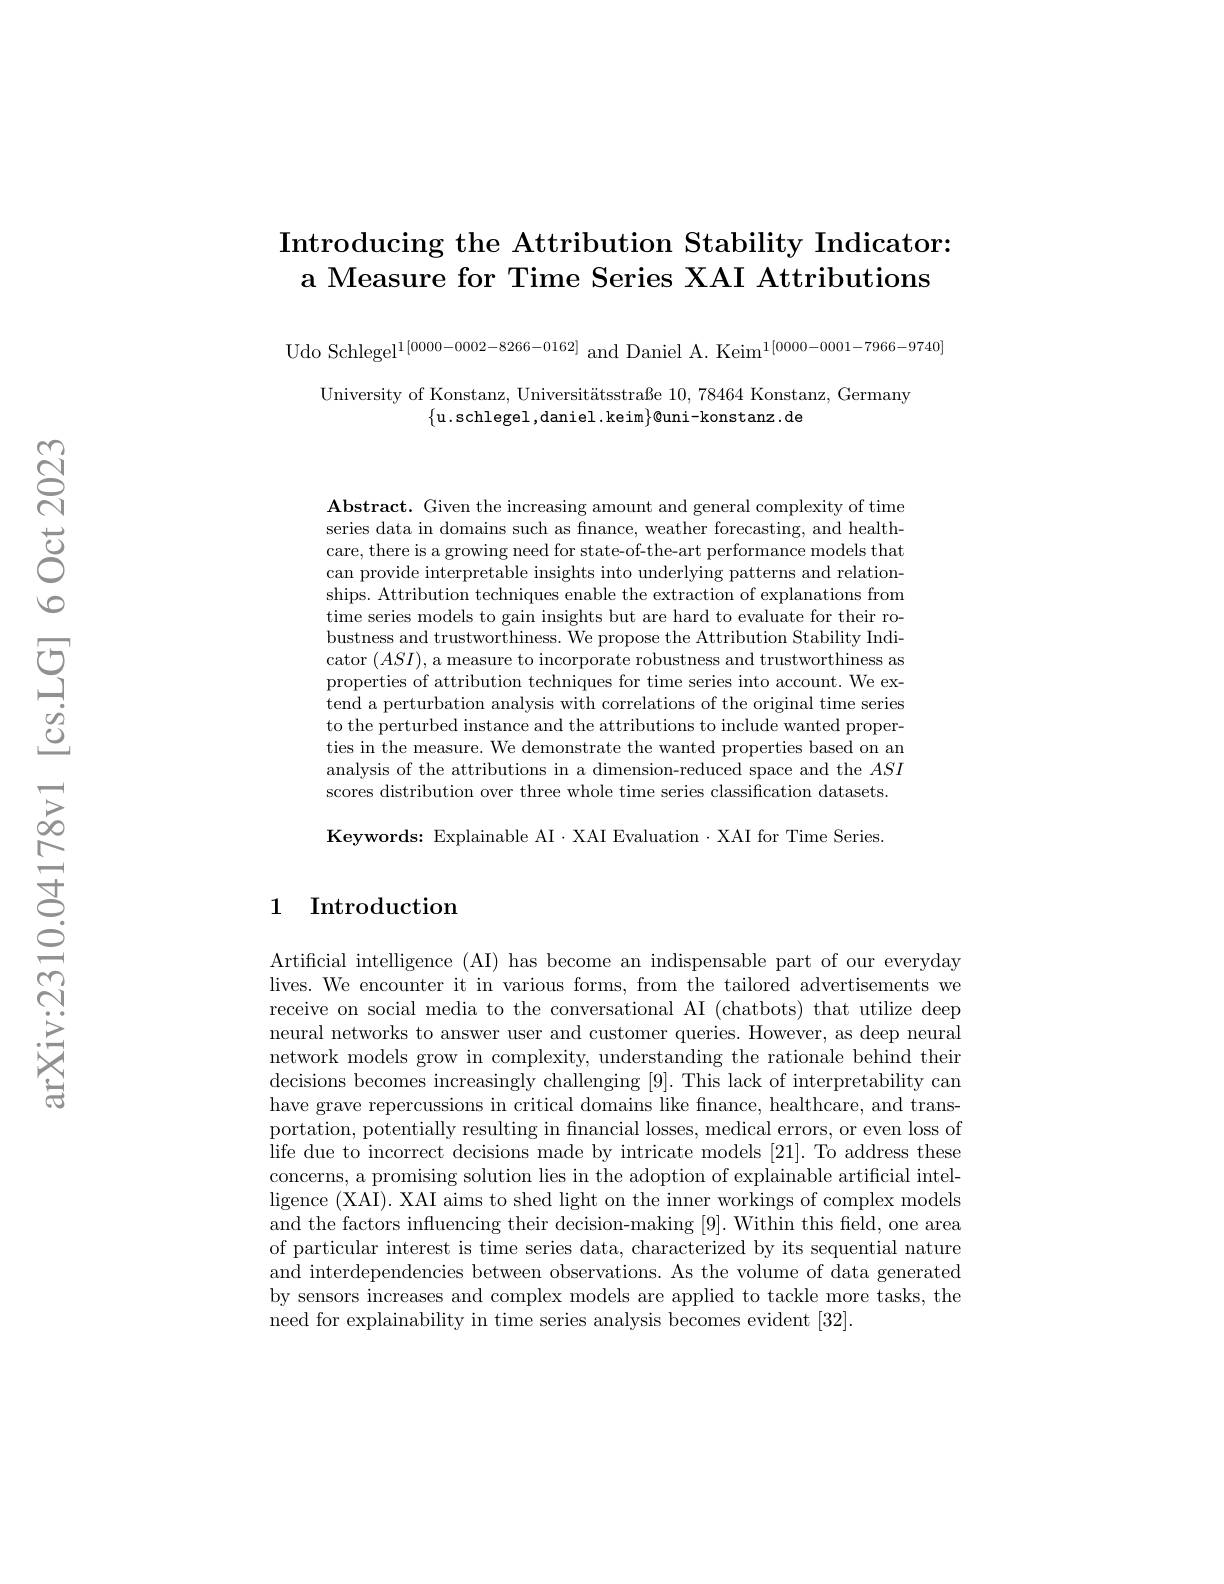
# Introducing the Attribution Stability Indicator: a Measure for Time Series XAI Attributions

Udo Schlegel$^1[0000-0002-8266-0162]$ and Daniel A. Keim$^{1[0000-0001-7966-9740]}$

University of Konstanz, Universitätsstraße 10,78464 Konstanz, Germany
$\{$u.schlegel,daniel.keim$\}$@uni-konstanz.de

Abstract. Given the increasing amount and general complexity of time series data in domains such as finance, weather forecasting, and healthcare, there is a growing need for state-of-the-art performance models that can provide interpretable insights into underlying patterns and relationships. Attribution techniques enable the extraction of explanations from time series models to gain insights but are hard to evaluate for their robustness and trustworthiness. We propose the Attribution Stability Indicator $(ASI)$, a measure to incorporate robustness and trustworthiness as properties of attribution techniques for time series into account. We extend a perturbation analysis with correlations of the original time series to the perturbed instance and the attributions to include wanted properties in the measure. We demonstrate the wanted properties based on an analysis of the attributions in a dimension-reduced space and the $ASI$ scores distribution over three whole time series classification datasets.

Keywords: Explainable AI·XAI Evaluation·XAI for Time Series.

## 1 Introduction

Artificial intelligence (AI) has become an indispensable part of our everyday lives. We encounter it in various forms, from the tailored advertisements we receive on social media to the conversational AI (chatbots) that utilize deep neural networks to answer user and customer queries. However, as deep neural network models grow in complexity, understanding the rationale behind their decisions becomes increasingly challenging [9]. This lack of interpretability can have grave repercussions in critical domains like fnance, healthcare, and transportation, potentially resulting in financial losses, medical errors, or even loss of life due to incorrect decisions made by intricate models [21]. To address these concerns, a promising solution lies in the adoption of explainable artificial intelligence (XAI). XAI aims to shed light on the inner workings of complex models and the factors influencing their decision-making [9]. Within this field, one area of particular interest is time series data, characterized by its sequential nature and interdependencies between observations. As the volume of data generated by sensors increases and complex models are applied to tackle more tasks, the need for explainability in time series analysis becomes evident [32].